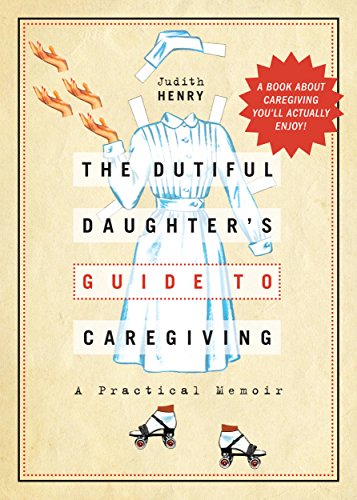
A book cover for The Dutiful Daughter's Guide to Caregiving: A Practical Memoir; Judith Henry; Parenting & Relationships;